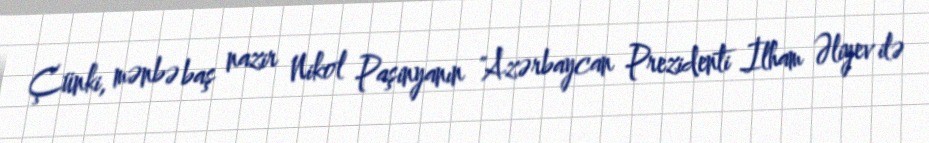
Çünki, mənbə baş nazir Nikol Paşinyanın "Azərbaycan Prezidenti İlham Əliyev ilə